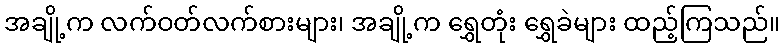
အချို့က လက်ဝတ်လက်စားများ၊ အချို့က ရွှေတုံး ရွှေခဲများ ထည့်ကြသည်။